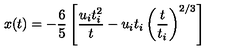
x ( t ) = - \frac { 6 } { 5 } \left[ \frac { u _ { i } t _ { i } ^ { 2 } } { t } - u _ { i } t _ { i } \left( \frac { t } { t _ { i } } \right) ^ { 2 / 3 } \right]